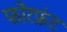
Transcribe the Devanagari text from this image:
फोरफ्रंट